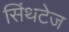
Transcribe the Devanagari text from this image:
सिंथटेज